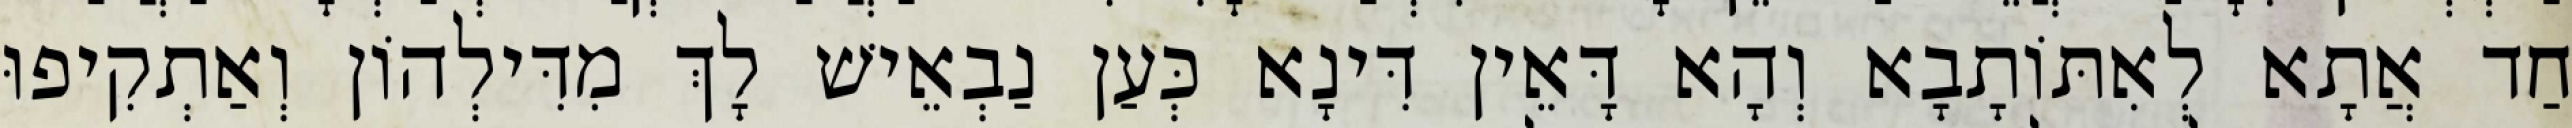
חַד אֲתָא לְאִתּוֹתָבָא וְהָא דָּאֵין דִּינָא כְּעַן נַבְאֵישׁ לָךְ מִדִּילְהוֹן וְאַתְקִיפוּ